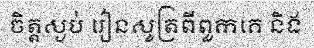
ចិត្តស្ងប់ រៀនសូត្រពីពួកគេ និង